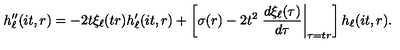
h _ { \ell } ^ { \prime \prime } ( i t , r ) = - 2 t \xi _ { \ell } ( t r ) h _ { \ell } ^ { \prime } ( i t , r ) + \left[ \sigma ( r ) - 2 t ^ { 2 } \left. \frac { d \xi _ { \ell } ( \tau ) } { d \tau } \right| _ { \tau = t r } \right] h _ { \ell } ( i t , r ) .